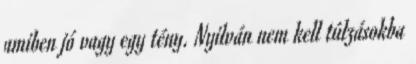
amiben jó vagy egy tény. Nyilván nem kell túlzásokba